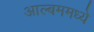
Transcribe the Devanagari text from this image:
आल्बममध्ये